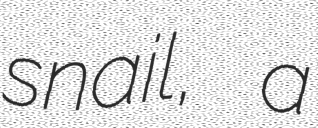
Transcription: snail, a